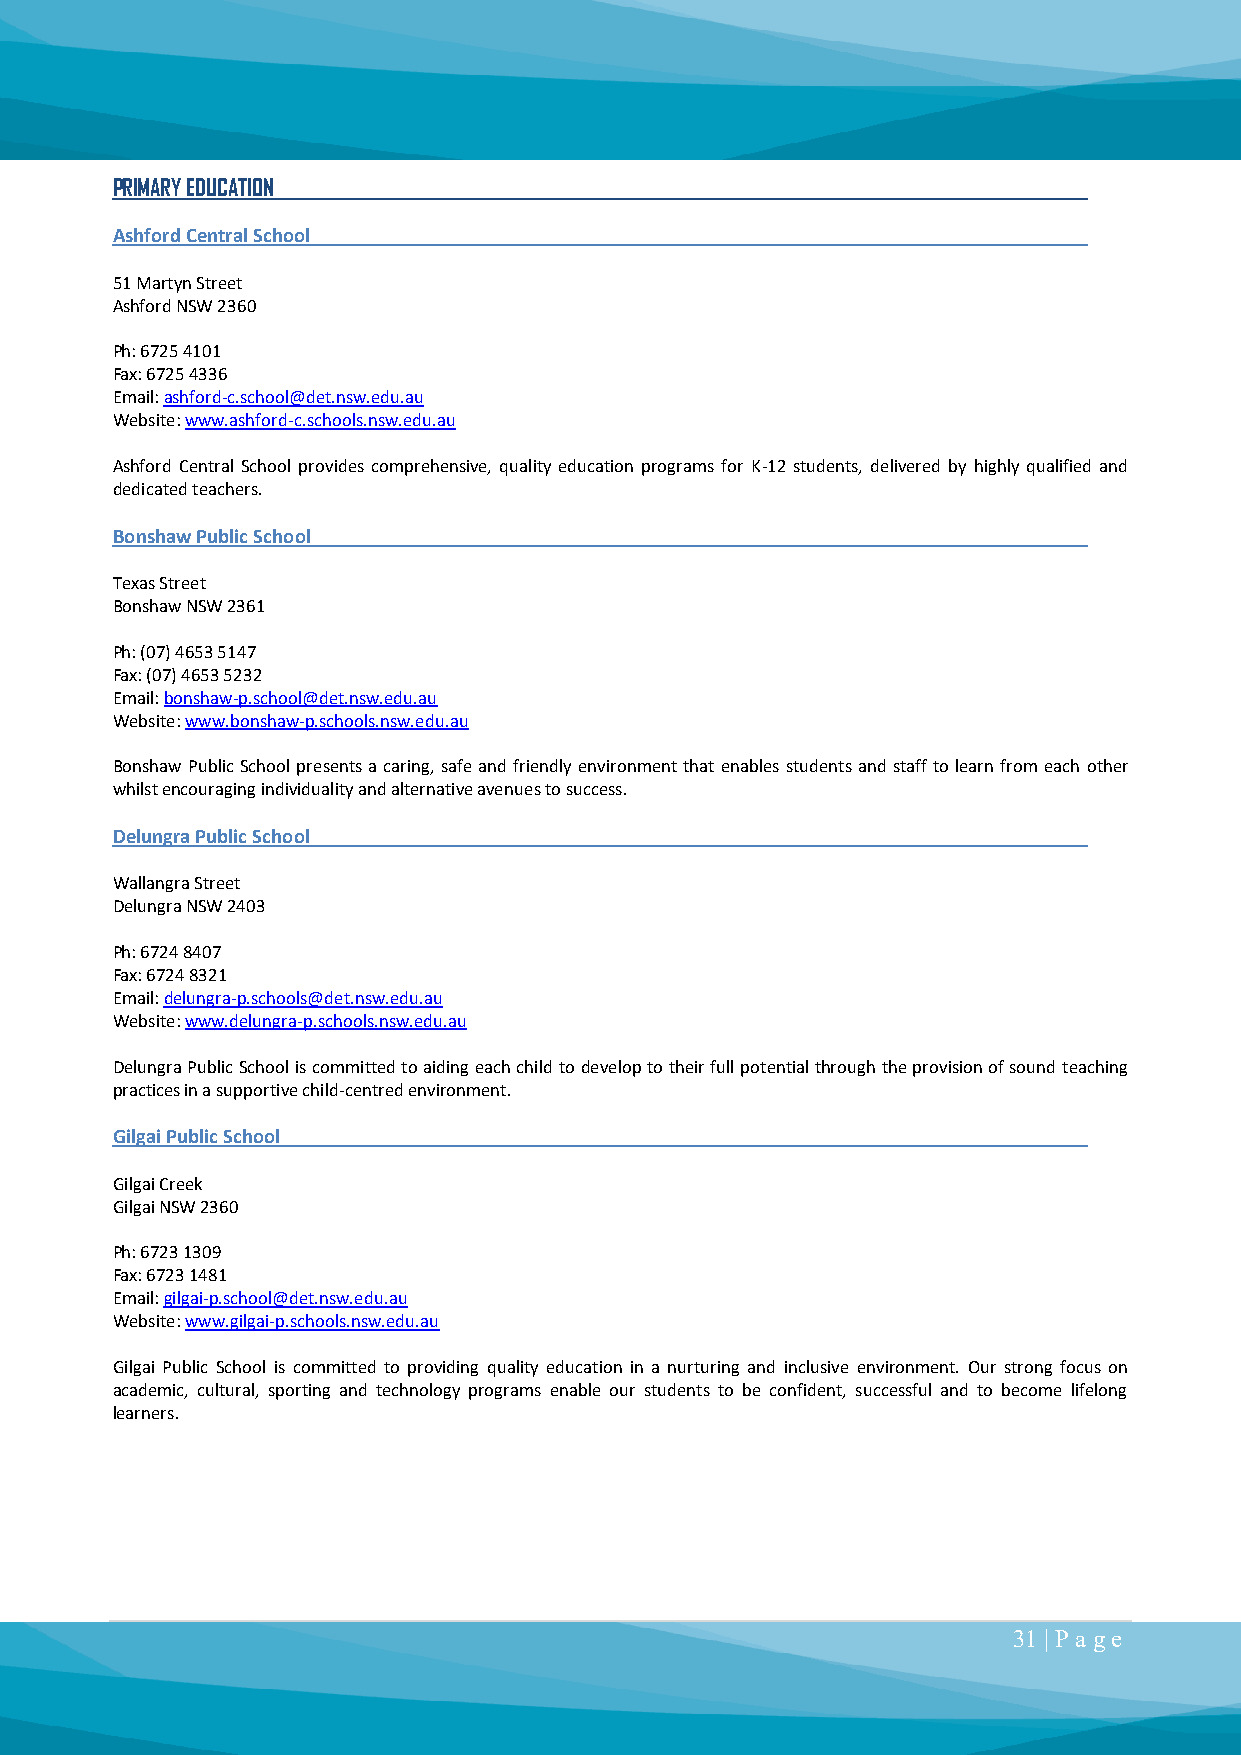
PRIMARY EDUCATION
 Ashford Central School
 51 Martyn Street
 Ashford NSW 2360
 Ph: 6725 4101
 Fax: 6725 4336
 Email: ashford-c.school@det.nsw.edu.au
 Website: www.ashford-c.schools.nsw.edu.au
 Ashford Central School provides comprehensive, quality education programs for K-12 students, delivered by highly qualified and
 dedicated teachers.
 Bonshaw Public School
 Texas Street
 Bonshaw NSW 2361
 Ph: (07) 4653 5147
 Fax: (07) 4653 5232
 Email: bonshaw-p.school@det.nsw.edu.au
 Website: www.bonshaw-p.schools.nsw.edu.au
 Bonshaw Public School presents a caring, safe and friendly environment that enables students and staff to learn from each other
 whilst encouraging individuality and alternative avenues to success.
 Delungra Public School
 Wallangra Street
 Delungra NSW 2403
 Ph: 6724 8407
 Fax: 6724 8321
 Email: delungra-p.schools@det.nsw.edu.au
 Website: www.delungra-p.schools.nsw.edu.au
 Delungra Public School is committed to aiding each child to develop to their full potential through the provision of sound teaching
 practices in a supportive child-centred environment.
 Gilgai Public School
 Gilgai Creek
 Gilgai NSW 2360
 Ph: 6723 1309
 Fax: 6723 1481
 Email: gilgai-p.school@det.nsw.edu.au
 Website: www.gilgai-p.schools.nsw.edu.au
 Gilgai Public School is committed to providing quality education in a nurturing and inclusive environment. Our strong focus on
 academic, cultural, sporting and technology programs enable our students to be confident, successful and to become lifelong
 learners.
 31 | P a ge